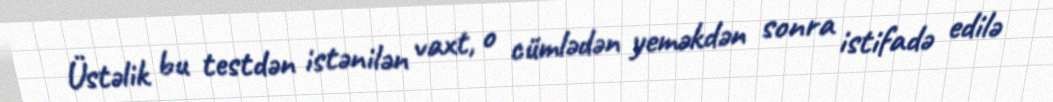
Üstəlik bu testdən istənilən vaxt, o cümlədən yeməkdən sonra istifadə edilə